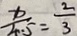
\frac { x } { 4 . 5 } = \frac { 2 } { 3 }